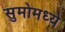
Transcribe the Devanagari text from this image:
सुमोमध्ये